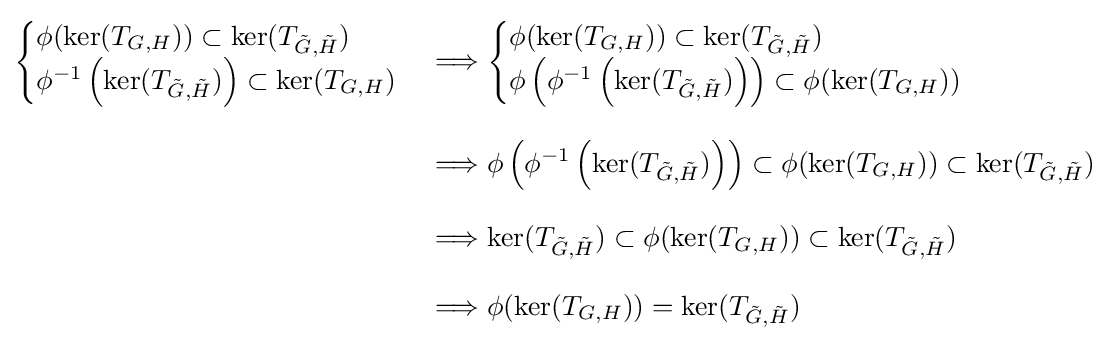
{\begin{aligned}{\begin{cases}\phi (\ker(T_{G,H}))\subset \ker(T_{{\tilde {G}},{\tilde {H}}})\\\phi ^{-1}\left(\ker(T_{{\tilde {G}},{\tilde {H}}})\right)\subset \ker(T_{G,H})\end{cases}}&\Longrightarrow {\begin{cases}\phi (\ker(T_{G,H}))\subset \ker(T_{{\tilde {G}},{\tilde {H}}})\\\phi \left(\phi ^{-1}\left(\ker(T_{{\tilde {G}},{\tilde {H}}})\right)\right)\subset \phi (\ker(T_{G,H}))\end{cases}}\\[8pt]&\Longrightarrow \phi \left(\phi ^{-1}\left(\ker(T_{{\tilde {G}},{\tilde {H}}})\right)\right)\subset \phi (\ker(T_{G,H}))\subset \ker(T_{{\tilde {G}},{\tilde {H}}})\\[8pt]&\Longrightarrow \ker(T_{{\tilde {G}},{\tilde {H}}})\subset \phi (\ker(T_{G,H}))\subset \ker(T_{{\tilde {G}},{\tilde {H}}})\\[8pt]&\Longrightarrow \phi (\ker(T_{G,H}))=\ker(T_{{\tilde {G}},{\tilde {H}}})\end{aligned}}